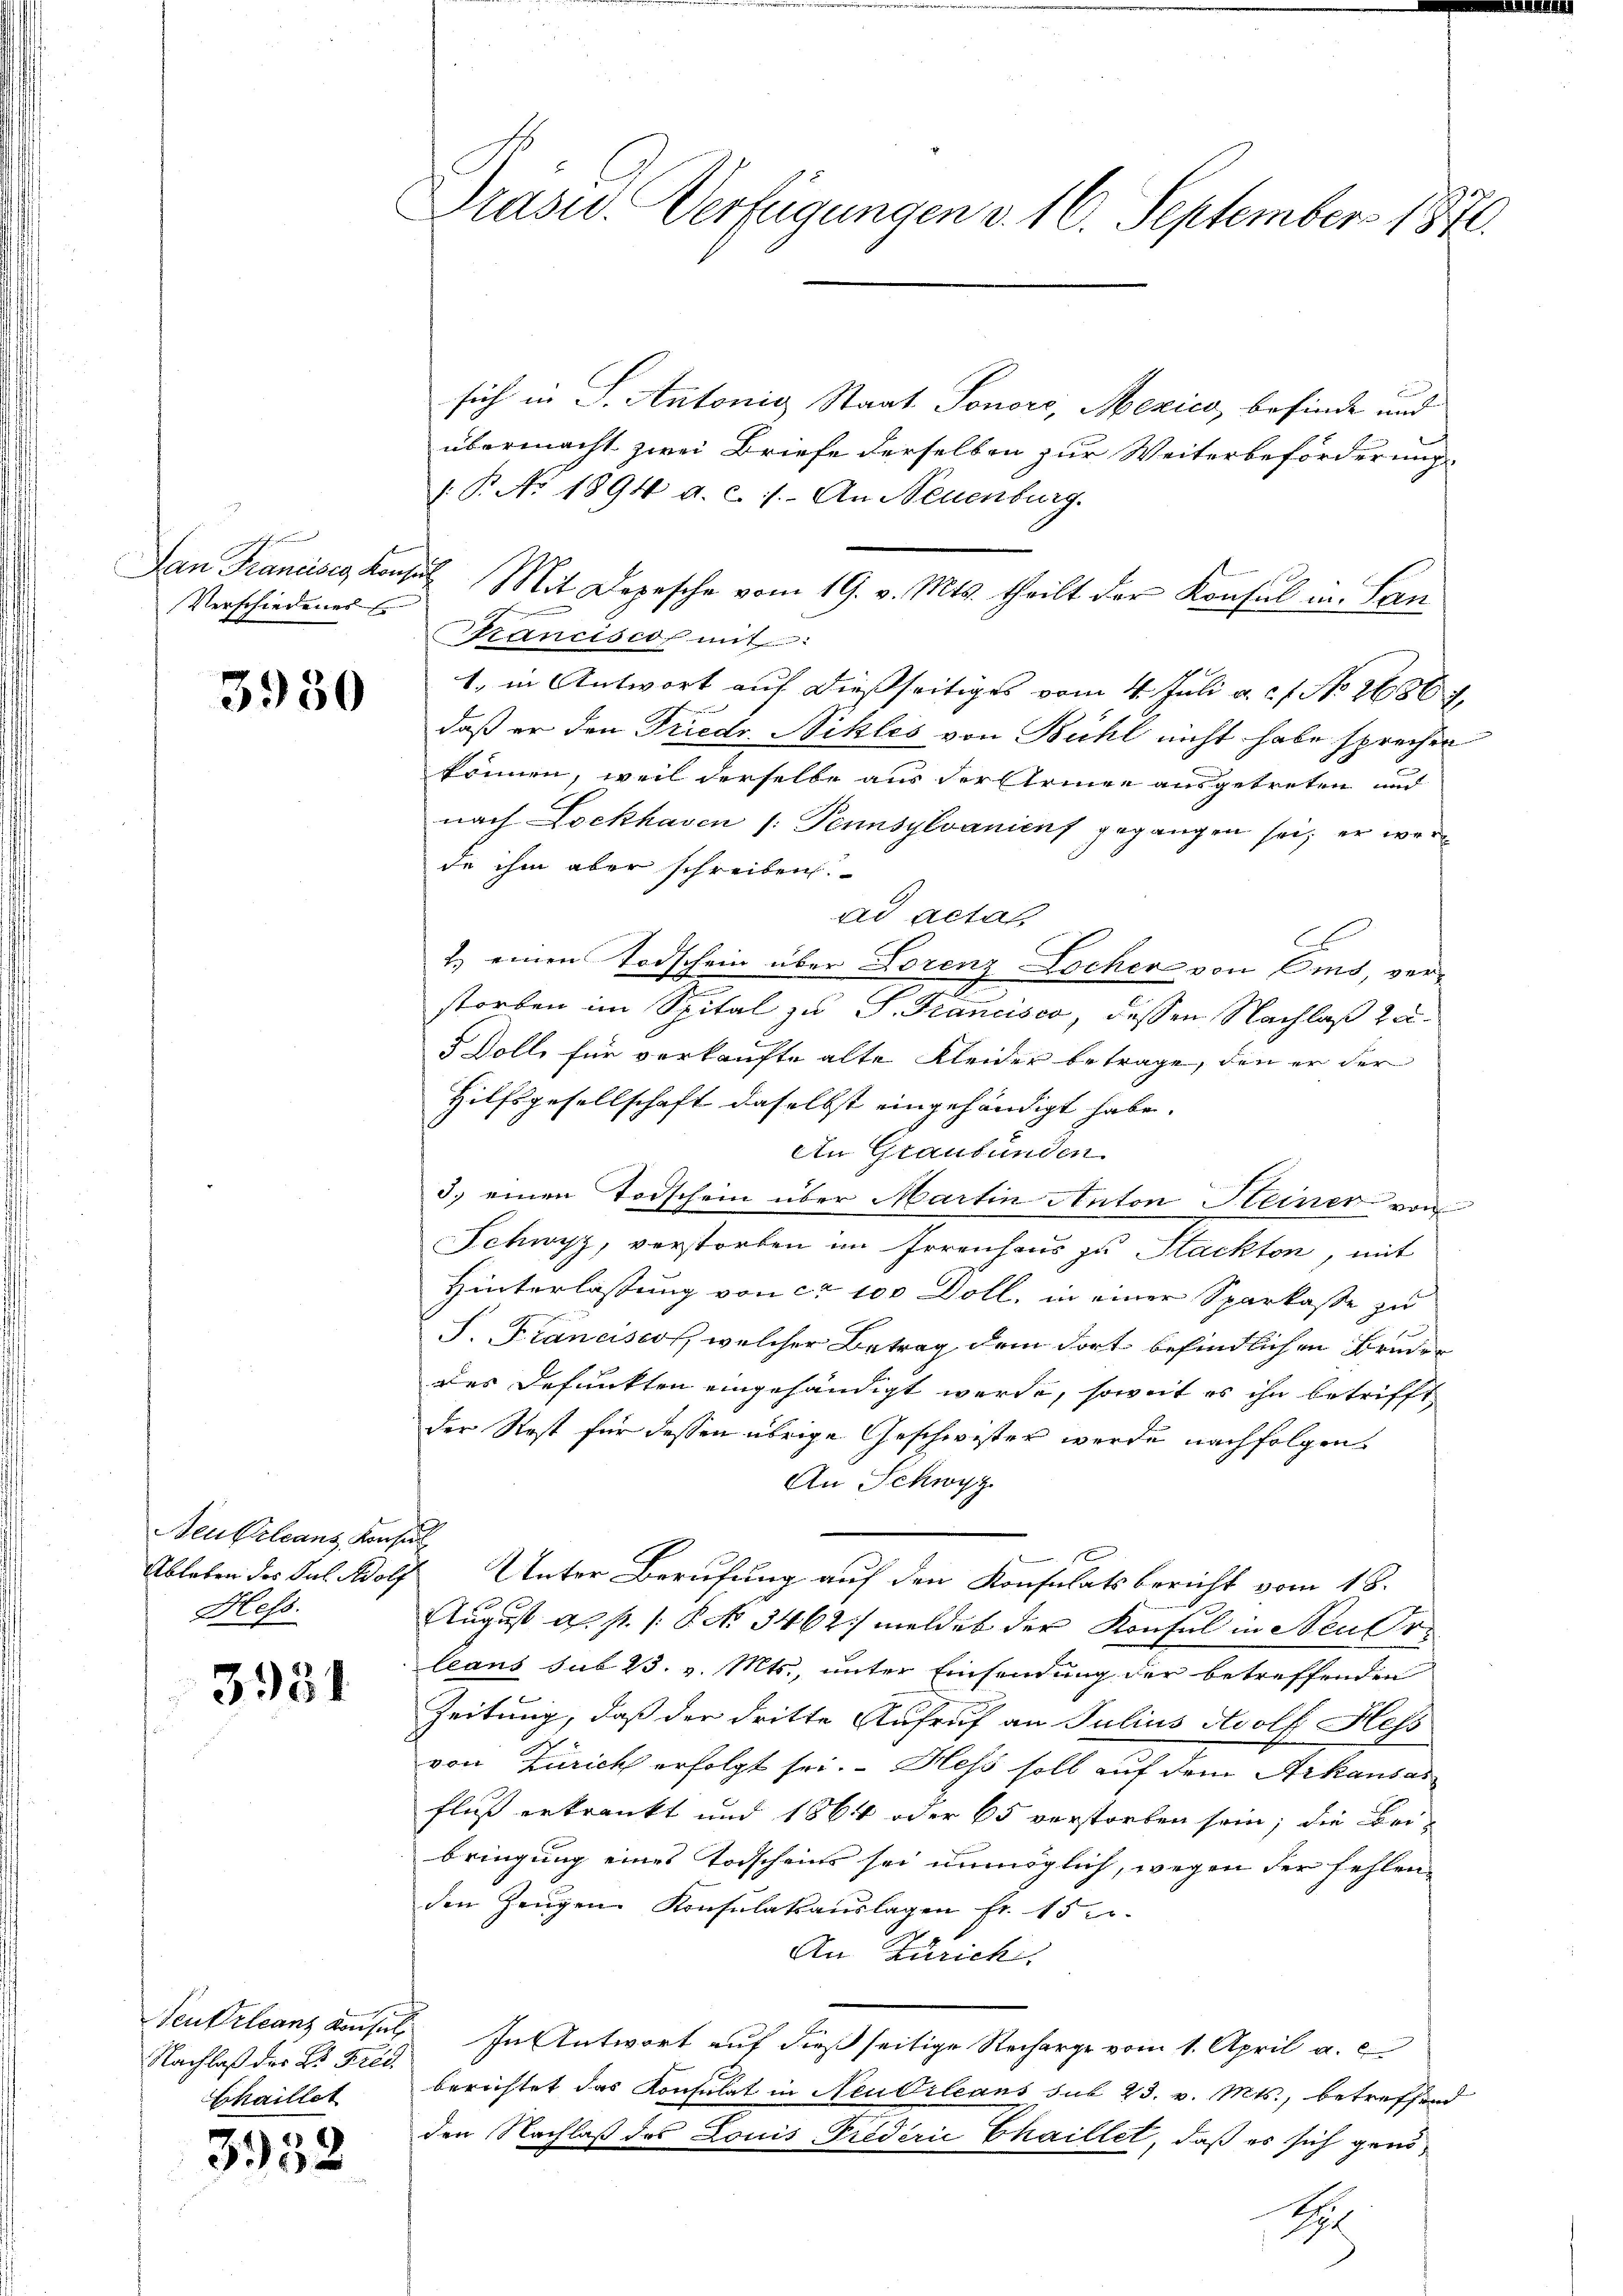
Verschiedenes

3930

Aeukleans Konsul
Hess.

3381

Nachlaß der Dr Fred.
Chaillet

3952

Drasw. Verfügungen d. 16. September 1870.

sich in S. Antonig Staat Tonore, Mexico, befinde und
übermacht zwei Briefe derselben zur Weiterbeförderung
1.P. No 1894 a. c. s. An Neuenburg.
Dan Francisce Konsul Mit Depesche vom 19. v. Mts. theilt der Konsul in Lan
trancisco mit
1. in Antwort auf dießseitiges vom 4. Juli a. c. f. No 26867,
daß er den Friedr Nikles von Bühl nicht habe sprechen
können, weil derselbe aus der Armee ausgetreten und
nach Lockhaven /: Pennsylvanien gegangen sei; er werda ihm aber schreiben.
ad acta
2.) einen Todschein über Lorenz Locher von Ems, verstorben im Spital zu S. Francisco, dessen Nachlaß zu¬
5 Dolle für verkaufte alte Kleider betrage, den er der
Hilfsgesellschaft daselbst eingehändigt habe.
An Graubünden
3) einen Todschein über Martin Anton Heiner von
Schwyz, verstorben im Irrenhaus zu Stackten, mit
Hinterlassung von ca 100 Doll, in einer Sparkasse zu
S. Franciscos, welcher Betrag dem dort befindlichen Bruder
des defunkten eingehändigt werde, soweit es ihn betrifft
der Rost für dessen übrige Geschwister werde nachfolgen
An Schwyz
Ableben des Sal. Wolf Unter Berufung auf den Konsulatsbericht vom 18.
1
August a. p. 1. P. No 3462. meldet der Konsul in Neubr
leans sub 23. v. Mts., unter Einsendung der betreffenden
Zeitung, daß der dritte Aufruf an Julius Adolf Hess
von Zürich erfolgt sei. Hess soll auf dem Arkausas
fluss erkrankt und 1864 oder 65 verstorben sein; die Bei-
bringung eines Todscheins sei unmöglich, wegen der fehlenden Zeugen Konsulatsaŭslagen fr. 15 e
An Zürich.
Neukrleans Konsul In Antwort auf dieß seitige Recharge vom 1. April a. e
berichtet das Konsulat in Neubileans sub 23. v. Mts., betreffend
den Nachlaß des Louis-Priderie Thaillet, daß es sich genö¬
S